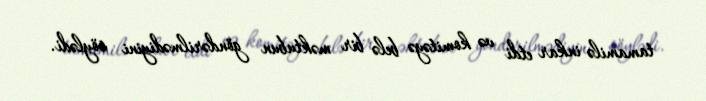
tamamilə inkar etdi və komitəyə belə bir məktubun göndərilmədiyini söylədi.